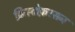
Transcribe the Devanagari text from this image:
क्रिस्टोफ़रसन